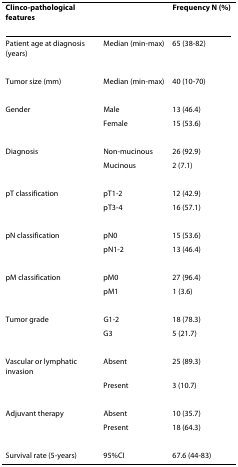
<table><thead><tr><td><b>Clinco-pathological features</b></td><td></td><td><b>Frequency N (%)</b></td></tr></thead><tbody><tr><td>Patient age at diagnosis (years)</td><td>Median (min-max)</td><td>65 (38-82)</td></tr><tr><td>Tumor size (mm)</td><td>Median (min-max)</td><td>40 (10-70)</td></tr><tr><td>Gender</td><td>Male</td><td>13 (46.4)</td></tr><tr><td></td><td>Female</td><td>15 (53.6)</td></tr><tr><td>Diagnosis</td><td>Non-mucinous</td><td>26 (92.9)</td></tr><tr><td></td><td>Mucinous</td><td>2 (7.1)</td></tr><tr><td>pT classification</td><td>pT1-2</td><td>12 (42.9)</td></tr><tr><td></td><td>pT3-4</td><td>16 (57.1)</td></tr><tr><td>pN classification</td><td>pN0</td><td>15 (53.6)</td></tr><tr><td></td><td>pN1-2</td><td>13 (46.4)</td></tr><tr><td>pM classification</td><td>pM0</td><td>27 (96.4)</td></tr><tr><td></td><td>pM1</td><td>1 (3.6)</td></tr><tr><td>Tumor grade</td><td>G1-2</td><td>18 (78.3)</td></tr><tr><td></td><td>G3</td><td>5 (21.7)</td></tr><tr><td>Vascular or lymphatic invasion</td><td>Absent</td><td>25 (89.3)</td></tr><tr><td></td><td>Present</td><td>3 (10.7)</td></tr><tr><td>Adjuvant therapy</td><td>Absent</td><td>10 (35.7)</td></tr><tr><td></td><td>Present</td><td>18 (64.3)</td></tr><tr><td>Survival rate (5-years)</td><td>95%CI</td><td>67.6 (44-83)</td></tr></tbody></table>